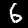
Label: 6